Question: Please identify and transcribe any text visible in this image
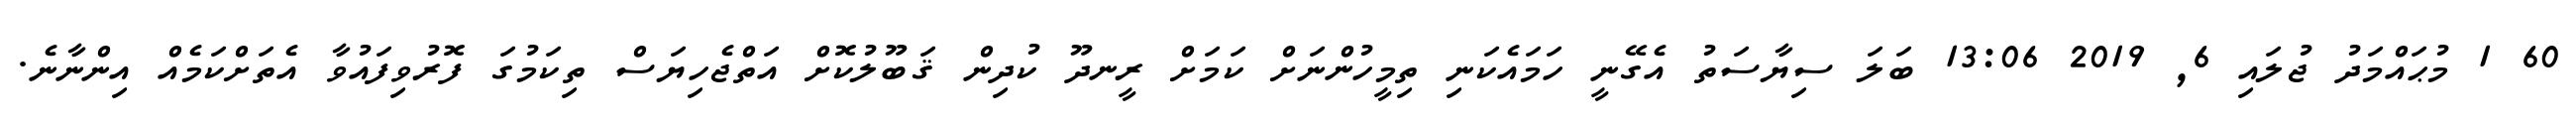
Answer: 60 1 މުޙައްމަދު ޖުލައި 6, 2019 13:06 ބަލަ ސިޔާސަތު އެގޭނީ ހަމައެކަނި ތިމީހުންނަށް ކަމަށް ރީނދޫ ކުދިން ޤަބޫލުކޮށް އަތްޖެހިޔަސް ތިކަމުގަ ފޮރުވިފައުވާ އެތަށްކަމެއް އިންނާނެ.